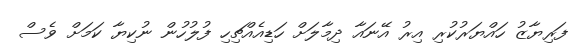
ފަރިޔާޒު ހައްޔަރުކުރި އިރު އޭނައާ ދިމާލަށް ހަޑިއެއްޗިހި ފުލުހުން ނުކިޔާ ކަމަށް ވެސް